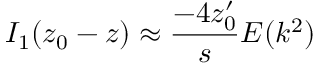
I _ { 1 } ( z _ { 0 } - z ) \approx \frac { - 4 z _ { 0 } ^ { \prime } } { s } E ( k ^ { 2 } )